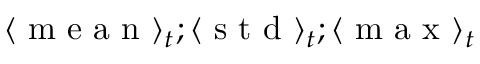
\langle \mathrm { ~ m ~ e ~ a ~ n ~ } \rangle _ { t } ; \langle \mathrm { ~ s ~ t ~ d ~ } \rangle _ { t } ; \langle \mathrm { ~ m ~ a ~ x ~ } \rangle _ { t }